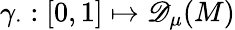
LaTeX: \gamma_{\cdot}:[0,1]\mapsto{\mathscr{D}_{\mu}(M)}